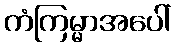
ကံကြမ္မာအပေါ်